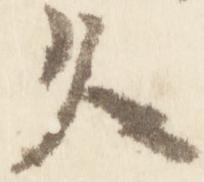
久